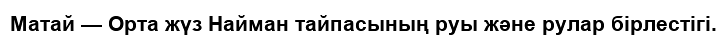
Матай — Орта жүз Найман тайпасының руы және рулар бірлестігі.